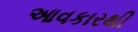
આવકારથી